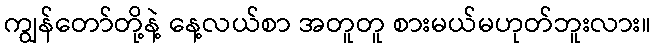
ကျွန်တော်တို့နဲ့ နေ့လယ်စာ အတူတူ စားမယ်မဟုတ်ဘူးလား။